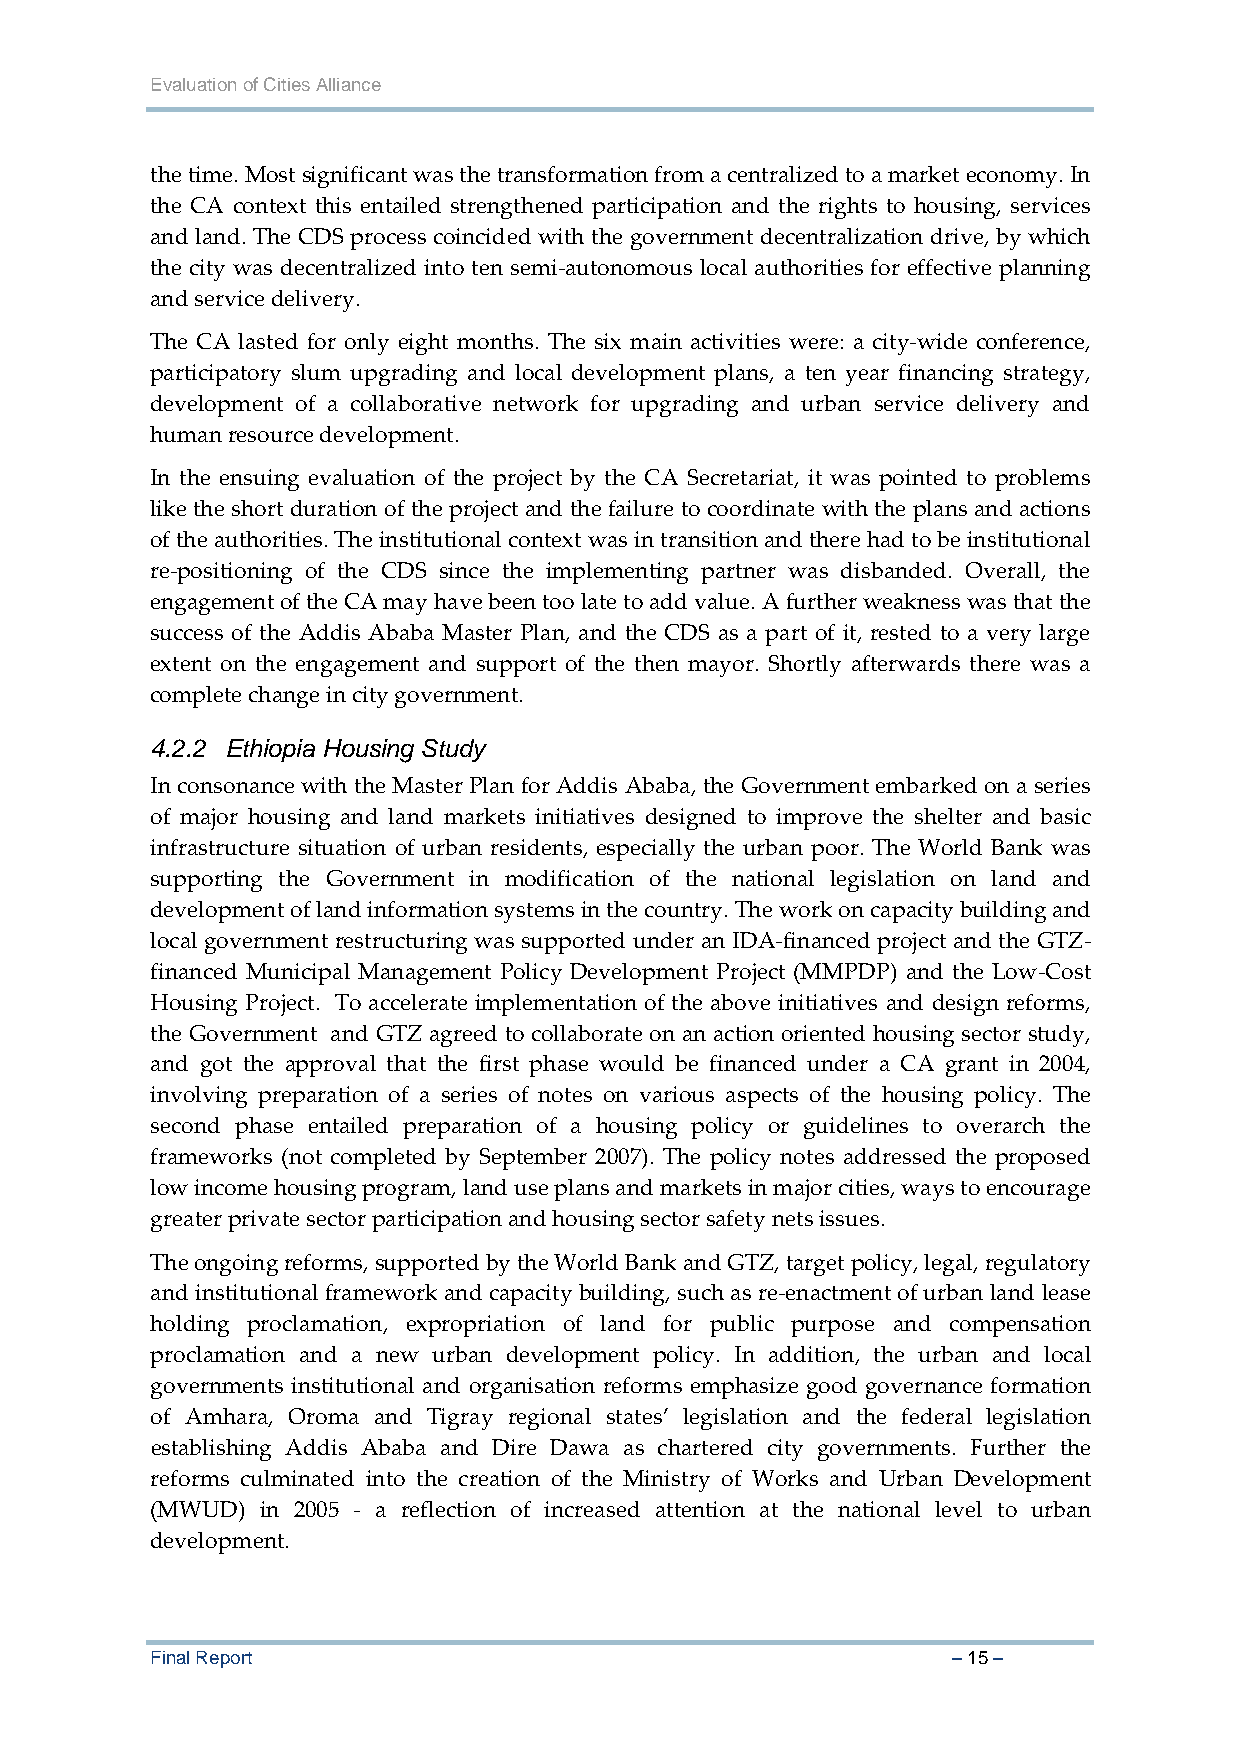
Evaluation of Cities Alliance
 the time. Most significant was the transformation from a centralized to a market economy. In
 the CA context this entailed strengthened participation and the rights to housing, services
 and land. The CDS process coincided with the government decentralization drive, by which
 the city was decentralized into ten semi‐autonomous local authorities for effective planning
 and service delivery.
 The CA lasted for only eight months. The six main activities were: a city‐wide conference,
 participatory slum upgrading and local development plans, a ten year financing strategy,
 development of a collaborative network for upgrading and urban service delivery and
 human resource development.
 In the ensuing evaluation of the project by the CA Secretariat, it was pointed to problems
 like the short duration of the project and the failure to coordinate with the plans and actions
 of the authorities. The institutional context was in transition and there had to be institutional
 re‐positioning of the CDS since the implementing partner was disbanded. Overall, the
 engagement of the CA may have been too late to add value. A further weakness was that the
 success of the Addis Ababa Master Plan, and the CDS as a part of it, rested to a very large
 extent on the engagement and support of the then mayor. Shortly afterwards there was a
 complete change in city government.
 4.2.2 Ethiopia Housing Study
 In consonance with the Master Plan for Addis Ababa, the Government embarked on a series
 of major housing and land markets initiatives designed to improve the shelter and basic
 infrastructure situation of urban residents, especially the urban poor. The World Bank was
 supporting the Government in modification of the national legislation on land and
 development of land information systems in the country. The work on capacity building and
 local government restructuring was supported under an IDA‐financed project and the GTZ‐
 financed Municipal Management Policy Development Project (MMPDP) and the Low‐Cost
 Housing Project. To accelerate implementation of the above initiatives and design reforms,
 the Government and GTZ agreed to collaborate on an action oriented housing sector study,
 and got the approval that the first phase would be financed under a CA grant in 2004,
 involving preparation of a series of notes on various aspects of the housing policy. The
 second phase entailed preparation of a housing policy or guidelines to overarch the
 frameworks (not completed by September 2007). The policy notes addressed the proposed
 low income housing program, land use plans and markets in major cities, ways to encourage
 greater private sector participation and housing sector safety nets issues.
 The ongoing reforms, supported by the World Bank and GTZ, target policy, legal, regulatory
 and institutional framework and capacity building, such as re‐enactment of urban land lease
 holding proclamation, expropriation of land for public purpose and compensation
 proclamation and a new urban development policy. In addition, the urban and local
 governments institutional and organisation reforms emphasize good governance formation
 of Amhara, Oroma and Tigray regional states’ legislation and the federal legislation
 establishing Addis Ababa and Dire Dawa as chartered city governments. Further the
 reforms culminated into the creation of the Ministry of Works and Urban Development
 (MWUD) in 2005 ‐ a reflection of increased attention at the national level to urban
 development.
 Final Report                                         – 15 –